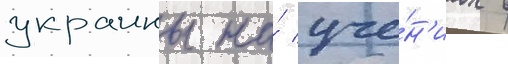
украины на́ уче́н'иах в